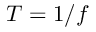
T = 1 / f